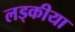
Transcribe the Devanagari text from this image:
लड्कीया